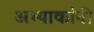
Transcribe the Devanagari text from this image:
अभ्याकांनी